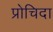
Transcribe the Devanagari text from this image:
प्रोचिदा